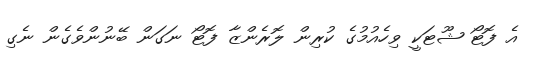
އެ ފޮޓޯ ޝޫޓަކީ ވިހެއުމުގެ ކުރިން ލޮރެންޒާ ފޮޓޯ ނަގަން ބޭނުންވެގެން ނެގި